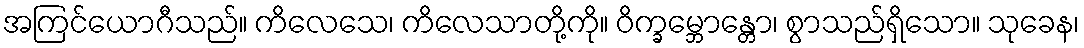
အကြင်ယောဂီသည်။ ကိလေသေ၊ ကိလေသာတို့ကို။ ဝိက္ခမ္ဘောန္တော၊ စွာသည်ရှိသော။ သုခေန၊